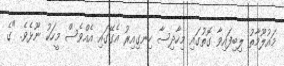
މައުލޫމާތު ލިބިފައިވާ ގޮތުގައި މިހާދިސާ ހިނގިއިރު އެގޭގައި އެއްވެސް މީހަކު ނޫޅެވެ. "ގެ